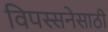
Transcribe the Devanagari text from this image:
विपस्सनेसाठी